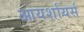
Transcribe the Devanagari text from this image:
आयर्शायर्स